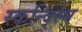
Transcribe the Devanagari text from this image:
स्कन्द्स्भि